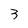
Character: 3